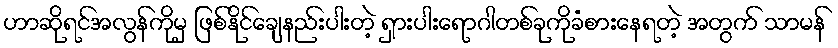
ဟာဆိုရင်အလွန်ကိုမှ ဖြစ်နိုင်ချေနည်းပါးတဲ့ ရှားပါးရောဂါတစ်ခုကိုခံစားနေရတဲ့ အတွက် သာမန်